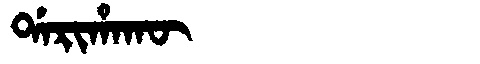
Manchu: ᡩᠠᡵᡳᡥᠠᡴᡡ
Romanization: DARIHAKŪ